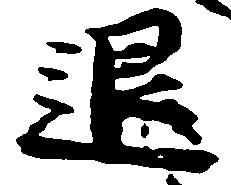
退